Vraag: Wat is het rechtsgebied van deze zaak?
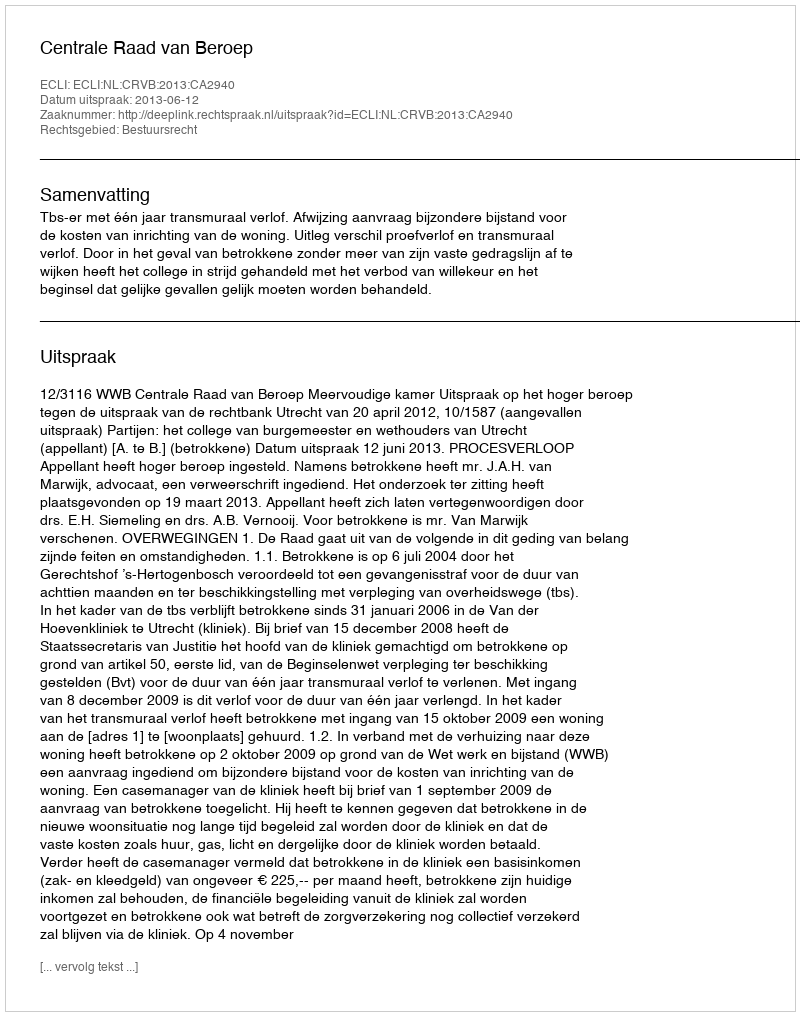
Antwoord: Bestuursrecht